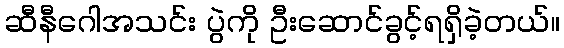
ဆီနီဂေါအသင်း ပွဲကို ဦးဆောင်ခွင့်ရရှိခဲ့တယ်။